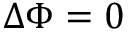
\Delta \Phi = 0